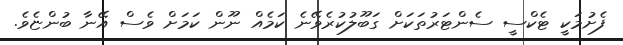
ފެށުމަކީ ޓެކްސީ ސެންޓަރުތަކަށް ގަބޫލުކުރެވޭނެ ކަމެއް ނޫން ކަމަށް ވެސް އޭނާ ބުންޏެވެ.